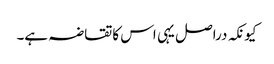
کیونکہ دراصل یہی اس کاتقاضہ ہے۔